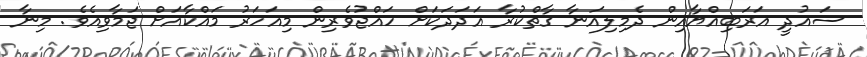
ސައުދީ އަރަބިއްޔާއިން ދެމިލިއަނާ ގާތްކުރާ އަދަދަކަށް ހައްޖުވެރިން މިއަހަރު މައްކާއަށް ޖަމާވިއެވެ. މިނާ